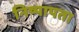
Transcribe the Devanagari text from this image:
निष्पापता